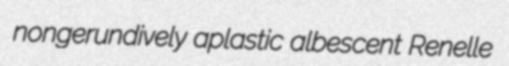
nongerundively aplastic albescent Renelle